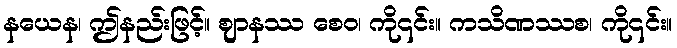
နယေန၊ ဤနည်းဖြင့်။ ဈာနဿ စေဝ၊ ကို၎င်း။ ကသိဏဿစ၊ ကို၎င်း။